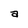
Character: a